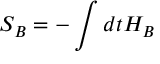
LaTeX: S _ { B } = - \int d t H _ { B }